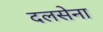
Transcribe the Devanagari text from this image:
दलसेना